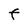
Character: F